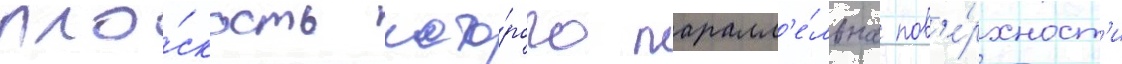
пло́скость кото́рого паралл'е́льна пов'е́рхност'и